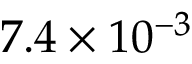
7 . 4 \times 1 0 ^ { - 3 }